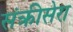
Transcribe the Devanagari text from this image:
संक्रीसेरा